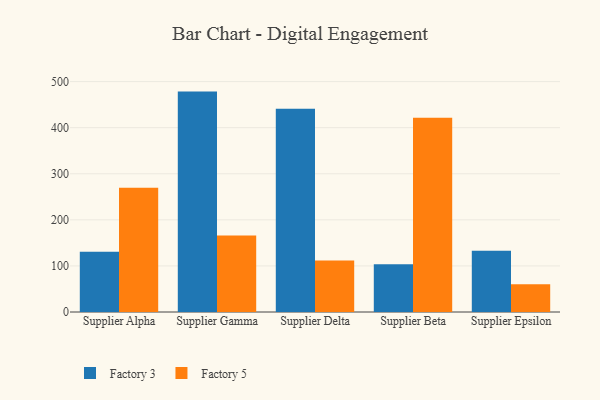
{"axis": {"x": "Supplier", "y": "Inventory Turnover"}, "legend": ["Factory 3", "Factory 5"], "data": [{"x": "Supplier Alpha", "y": 131.0, "type": "Factory 3"}, {"x": "Supplier Alpha", "y": 269.9, "type": "Factory 5"}, {"x": "Supplier Gamma", "y": 478.3, "type": "Factory 3"}, {"x": "Supplier Gamma", "y": 165.8, "type": "Factory 5"}, {"x": "Supplier Delta", "y": 441.3, "type": "Factory 3"}, {"x": "Supplier Delta", "y": 111.6, "type": "Factory 5"}, {"x": "Supplier Beta", "y": 103.7, "type": "Factory 3"}, {"x": "Supplier Beta", "y": 421.4, "type": "Factory 5"}, {"x": "Supplier Epsilon", "y": 132.9, "type": "Factory 3"}, {"x": "Supplier Epsilon", "y": 60.0, "type": "Factory 5"}]}